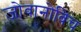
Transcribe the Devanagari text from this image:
जोवानोविच